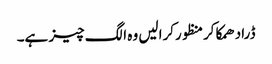
ڈرادھمکاکرمنظورکرالیں وہ الگ چیز ہے۔